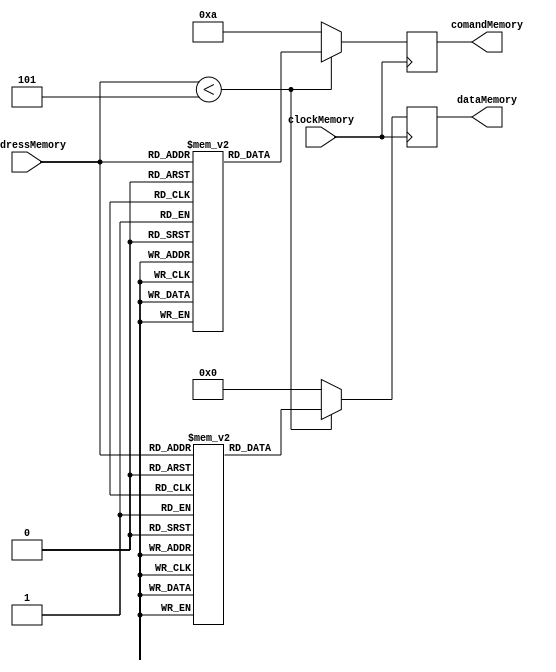
module Memory(addressMemory, clockMemory, comandMemory, dataMemory);
  input wire [3:0] addressMemory;
  input wire clockMemory;
  output reg [3:0] comandMemory;
  output reg signed [27:0] dataMemory;

  reg [3:0] comandsMemory [0:14];
  reg signed [27:0] datasMemory [0:14];
  reg [3:0] memSizeMemory;

  initial begin
    memSizeMemory = 5;
    //comand////////////////// //data////////////////////
    comandsMemory[0] = 4'b0001; datasMemory[0] = 27'd350;
    comandsMemory[1] = 4'b0011; datasMemory[1] = -27'd915;
    comandsMemory[2] = 4'b0011; datasMemory[2] = 27'd2;
    comandsMemory[3] = 4'b0110; datasMemory[3] = 27'd0;
    comandsMemory[4] = 4'b1001; datasMemory[4] = 27'd0;
  end

  always @(posedge clockMemory) begin
    if (addressMemory < memSizeMemory) begin
      comandMemory <= comandsMemory[addressMemory];
      dataMemory <= datasMemory[addressMemory];
    end
    else begin
      comandMemory <= 4'b1010;
      dataMemory <= 27'd0;
    end
  end
endmodule